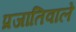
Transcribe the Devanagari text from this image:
प्रजातिवाले